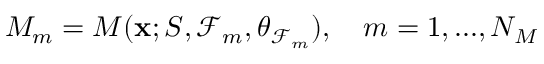
M _ { m } = M ( \mathbf { x } ; S , \mathcal { F } _ { m } , \boldsymbol { \theta } _ { \mathcal { F } _ { m } } ) , \quad m = 1 , . . . , N _ { M }